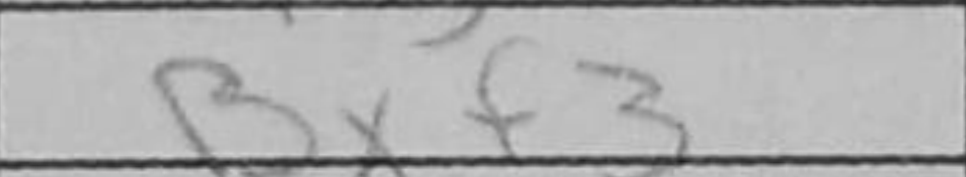
Transcription: Bxf3